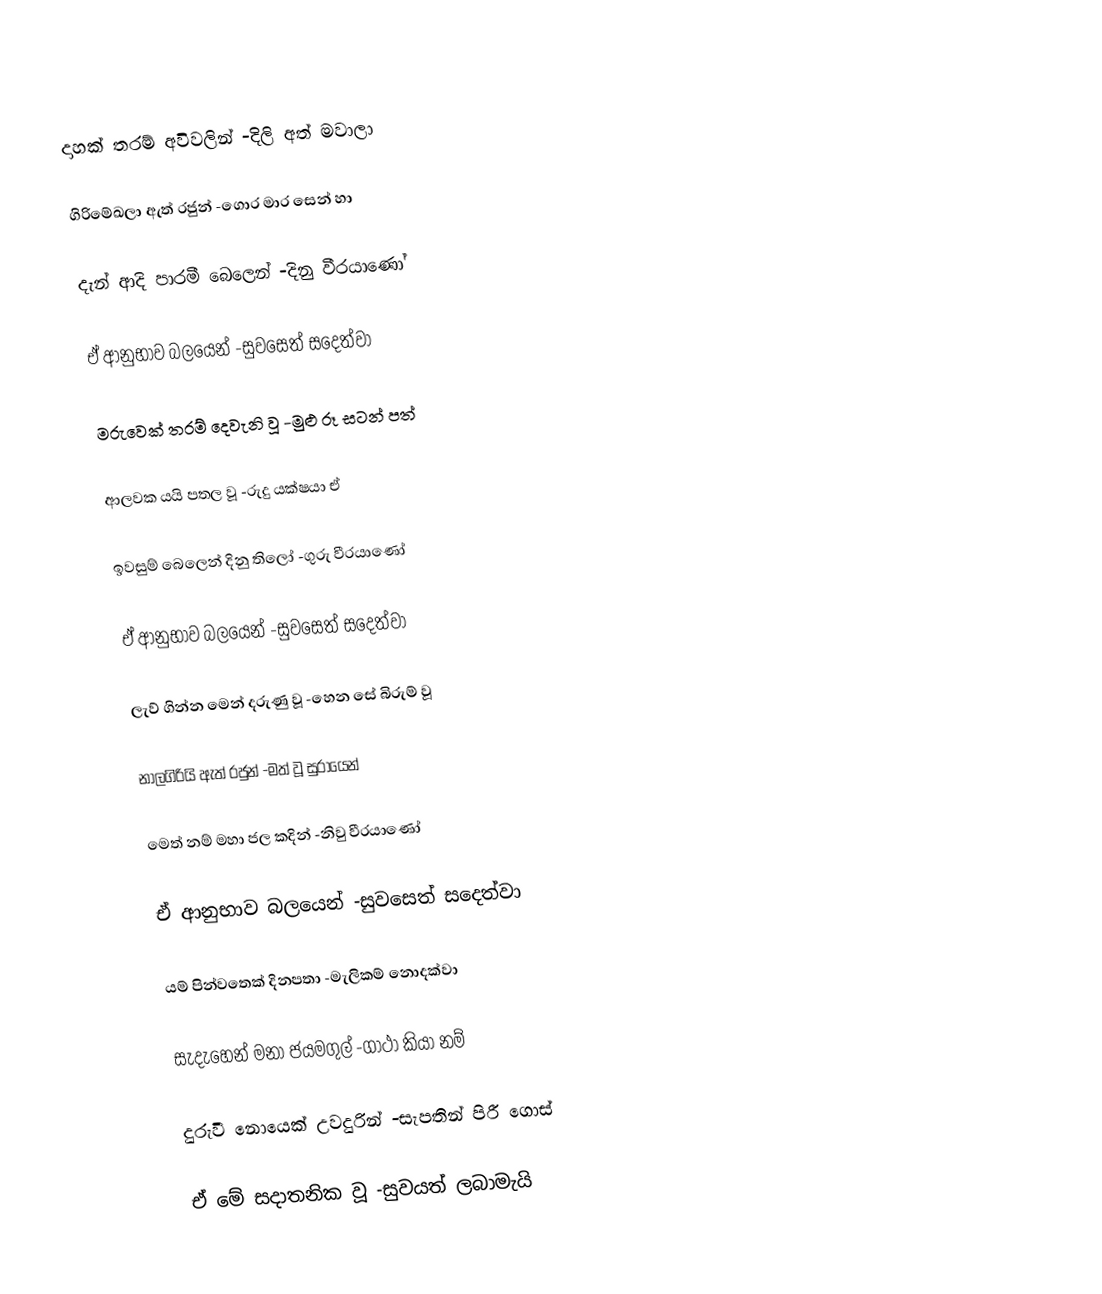
දාහක් තරම් අවිවලින් -දිලි අත් මවාලා

ගිරිමේඛලා ඇත් රජුන් -ගොර මාර සෙන් හා

දැන් ආදි පාරමී බෙලෙන් -දිනු වීරයාණෝ

ඒ ආනුභාව බලයෙන් -සුවසෙත් සදෙත්වා

මරුවෙක් තරම් දෙවැනි වූ -මුළු රූ සටන් පත්

ආලවක යයි පතල වූ -රුදු යක්ෂයා ඒ

ඉවසුම් බෙලෙන් දිනු තිලෝ -ගුරු වීරයාණෝ

ඒ ආනුභාව බලයෙන් -සුවසෙත් සදෙත්වා

ලැව් ගින්න මෙන් දරුණු වූ -හෙන සේ බිරුම් වූ

නාලගිරියි ඇත් රජුන් -මත් වූ සුරායෙන්

මෙත් නම් මහා ජල කදින් -නිවු වීරයාණෝ

ඒ ආනුභාව බලයෙන් -සුවසෙත් සදෙත්වා

යම් පින්වතෙක් දිනපතා -මැලිකම් නොදක්වා

සැදැහෙන් මනා ජයමගුල් -ගාථා කියා නම්

දුරුවී නොයෙක් උවදුරින් -සැපතින් පිරී ගොස්

ඒ මේ සදාතනික වූ -සුවයත් ලබාමැයි